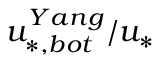
u _ { * , b o t } ^ { Y a n g } / u _ { * }